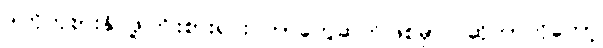
ဒါကိုကုစားနိုင်ဖို့ကြိုးစားရင်း ဘာတွေဆက်ဖြစ်မှာလဲဆိုတာကိုတော့